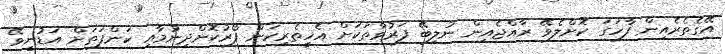
އޭގެތެރެއިން ފާހަގަ ކޮށްލެވޭ ރާއްޖެއިން ނުލިބޭ ފަރުވާތަކަށް އެހީތެރިކަން ފޯރުކޮށްދިނުމާއި ކަންފަތަށް އަޑުނީވޭ